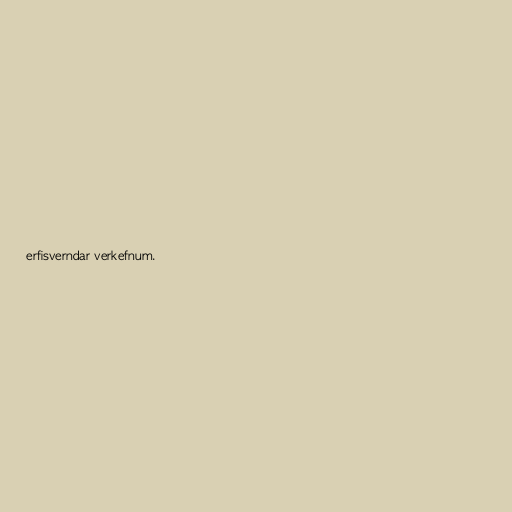
erfisverndar verkefnum.